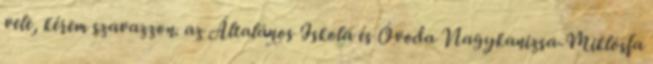
vele, kérem szavazzon. az Általános Iskola és Óvoda Nagykanizsa-Miklósfa